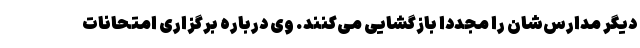
دیگر مدارس‌شان را مجددا بازگشایی می‌کنند. وی درباره برگزاری امتحانات